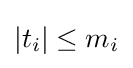
\left|t_{i}\right|\leq m_{i}